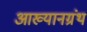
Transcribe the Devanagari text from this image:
आख्यानग्रंथ